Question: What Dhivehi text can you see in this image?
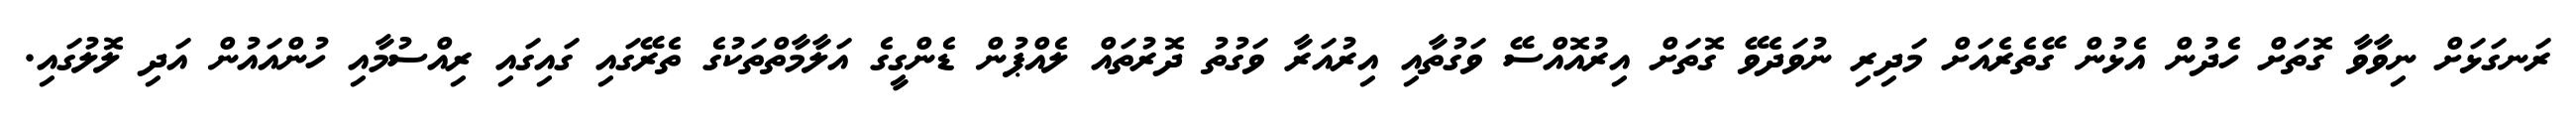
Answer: ރަނގަޅަށް ނިވާވާ ގޮތަށް ހެދުން އެޅުން ގޭތެރެއަށް މަދިރި ނުވަދެވޭ ގޮތަށް އިރުއޮއްސޭ ވަގުތާއި އިރުއަރާ ވަގުތު ދޮރުތައް ލެއްޕުން ޑެންގީގެ އަލާމާތްތަކުގެ ތެރޭގައި ގައިގައި ރިއްސުމާއި ހުންއައުން އަދި ލޮލުގައި.